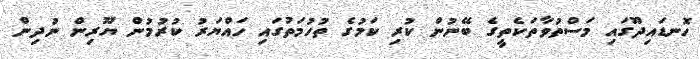
ހޮނޑައިދޫގައި މަސްތުވާތަކެތީގެ ބޭނުން ކުރި ކަމުގެ ތުހުމަތުގައި ހައްޔަރު ކުރުމުން ޔޫރިން ނުދިން